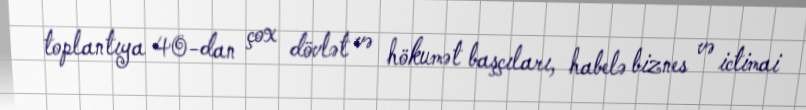
toplantıya 40-dan çox dövlət və hökumət başçıları, habelə biznes və ictimai